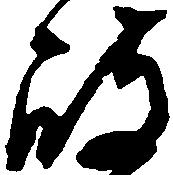
岐